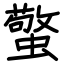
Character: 蟼